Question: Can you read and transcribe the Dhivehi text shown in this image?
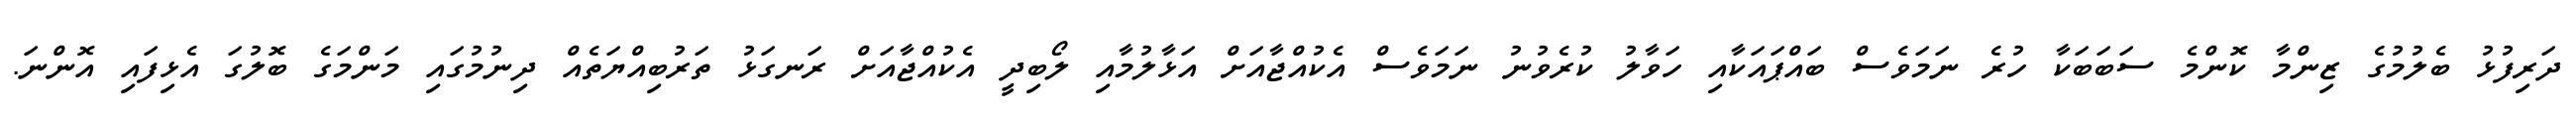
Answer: ދަރިފުޅު ބެލުމުގެ ޒިންމާ ކޮންމެ ސަބަބަކާ ހުރެ ނަމަވެސް ބައްޕައަކާއި ހަވާލު ކުރެވުނު ނަމަވެސް އެކުއްޖާއަށް އަޅާލުމާއި ލޯބިދީ އެކުއްޖާއަށް ރަނގަޅު ތަރުބިއްޔަތެއް ދިނުމުގައި މަންމަގެ ބޮލުގަ އެޅިފައި އޮންނަ.